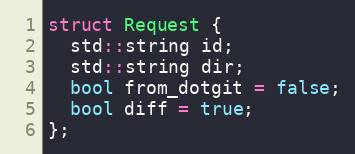
Language: C
struct Request {
  std::string id;
  std::string dir;
  bool from_dotgit = false;
  bool diff = true;
};